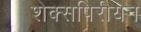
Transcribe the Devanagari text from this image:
शेक्सपिरीयन